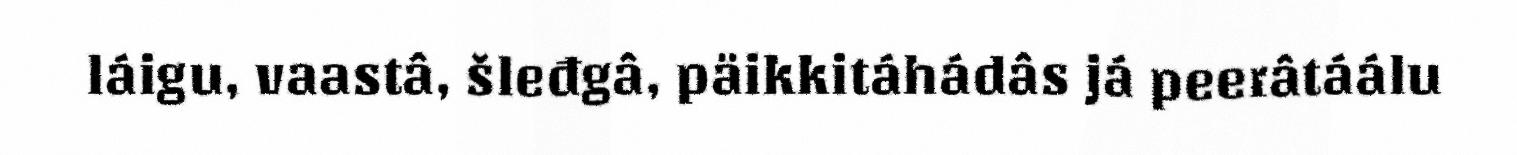
láigu, vaastâ, šleđgâ, päikkitáhádâs já peerâtáálu